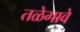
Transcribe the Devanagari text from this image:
तळेगावे